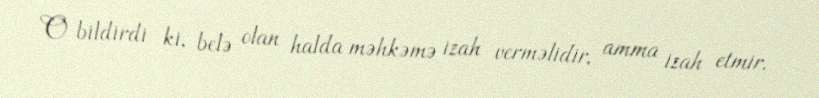
O bildirdi ki, belə olan halda məhkəmə izah verməlidir, amma izah etmir.